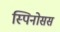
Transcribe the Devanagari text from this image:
स्पिनोसस